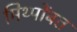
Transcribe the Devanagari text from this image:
मिथ्पोंबत